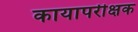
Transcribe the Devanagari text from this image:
कायापरीक्षक